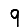
Digit: 9